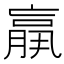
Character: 𦟀